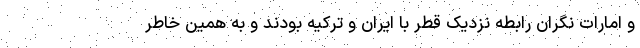
و امارات نگران رابطه نزدیک قطر با ایران و ترکیه بودند و به همین خاطر